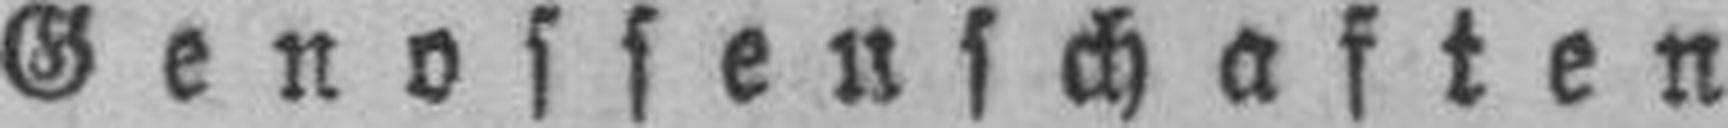
Genossenschaften